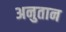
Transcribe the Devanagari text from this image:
अनुतान